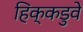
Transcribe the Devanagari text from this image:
हिक्कडुवे